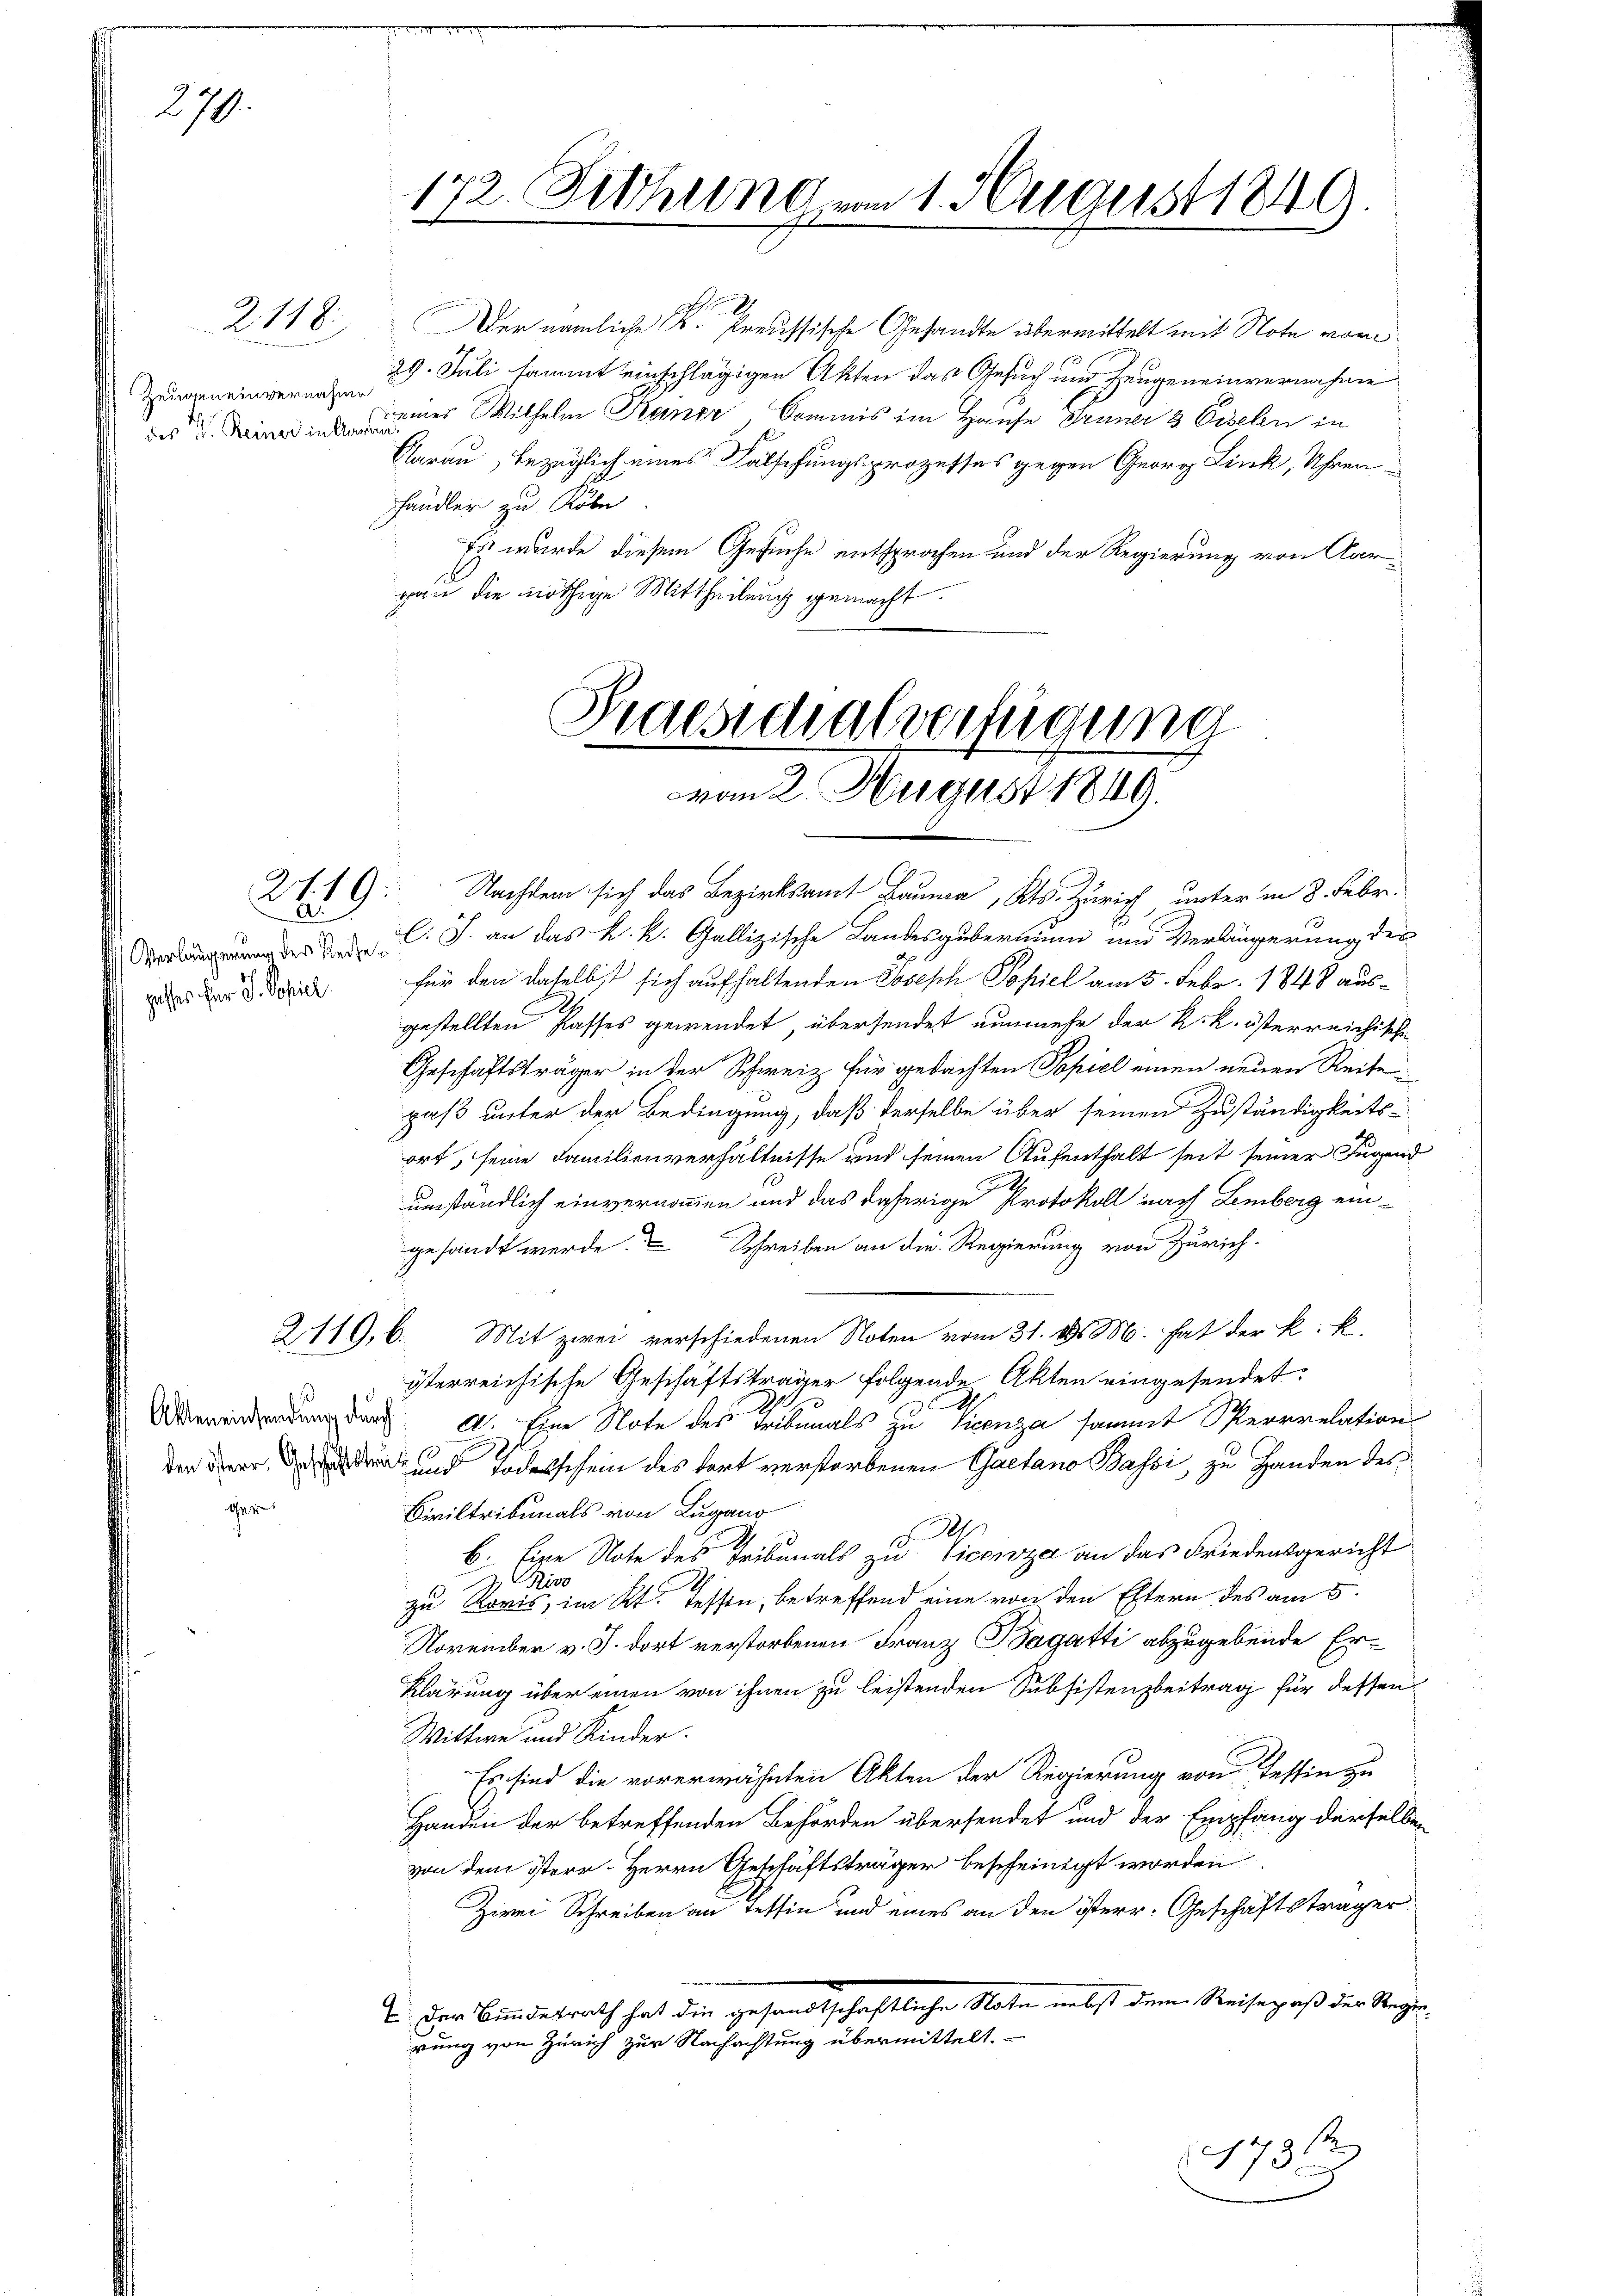
270.

2118.

Zeugen einvernahme

galses für J. Spiel

ger.

2619.

Altereinsendung durch

Der nämliche K. Preussische Gesandte übermittelt mit Note vom
29. Juli sammt einschlägigen Akten das Gesuch und Zeugeneinvernahme
derin einer Wilhelm Kanze Commis im Hause Grüner 3 Eiselen in
Aarau, bezüglich eines Falschungsprozesses gegen Georg Link, Uhren
händler zu Robe
Es wurde diesem Gesuche entsprochen und der Regierung von Aargan die nöthige Mittheilung gemacht.

172. Sitzung vom 1. August 1849.
e
l

Praesidialverfügung
vom 2. August 1849

12
73

Nachdem sich das Bezirksamt Bauma, Kts. Zürich unter in 8. Febr.
1
C. J. an das k. k. Gallizische Landesgubernium und Verängerung der
für den daselbst sich aufhaltenden Joseph Popiel am 5. Febr. 1848 ausgestellten Passes gewendet, übersendet nunmehr der K. k. österreichische
Geschäftsträger in der Schweiz für gedachten Papiel einen neuen Reite
paß unter der Bedingung, daß derselbe über seinen Zuständigkeits-
ort, seine Familienverhältnisse und seinen Aufenthalt seit seiner Jugend
umständlich einvernommen und das daherige Protokoll nach Lemberg eingesandt werde. Schreiben an die Regierung von Zürich-
2119, 6. Mit zwei verschiedenen Noten vom 31. d. M. hat der k. k.
österreichische Geschäftsträger folgende Akten eingesendet.
A
d. Eine Note des Tribunals zu Vicenza sammt Sperrrelation
der dar, das druck und Todesschein des dort verstorbenen Gaetano Bassi, zu Handen des
Civiltribunals von Lugano
A
G
b. Eine Note des Tribunals zu Vicenza an das Friedensgericht
ivo
Z
zu Koris, im Kt. Tessen, betreffend eine von den Estern des am 5.
November v. J. dort verstorbenen Franz Bagatti abzugebende Er-
Klärung über einen von ihnen zu leistenden Subsistenzbeitrag für dessen
Wittwe und Kinder.
Es sind die vorerwähnten Akten der Regierung von Tessin zu
Handen der betreffenden Behörden übersendet und der Empfang derselben
von dem Sterr. Herrn Geschäftsträger bescheinigt worden
Zwei Schreiben an Tessin und eines an den österr. Geschäftsträger
I Der Bundesrath hat die gesandtschaftliche Note nebst dem Reisepaß der Regierung von Zürich zur Nachachtung übermittelt.